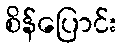
စိန်ပြောင်း